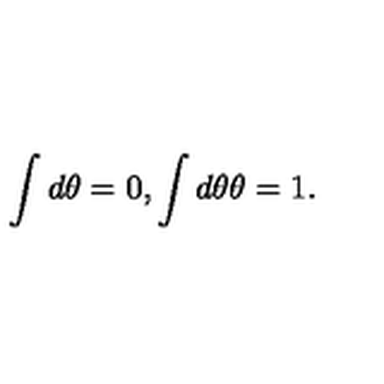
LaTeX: \int d \theta = 0 , \int d \theta \theta = 1 .